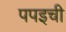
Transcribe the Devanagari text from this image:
पपइची